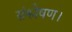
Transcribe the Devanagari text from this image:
संश्लेषण।